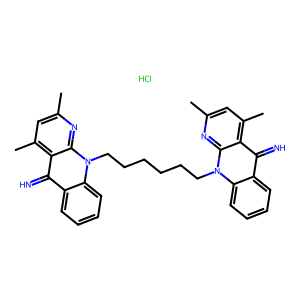
SMILES: Cc1cc(C)c2c(=N)c3ccccc3n(CCCCCCn3c4ccccc4c(=N)c4c(C)cc(C)nc43)c2n1.Cl
Inhibits HIV replication: No